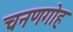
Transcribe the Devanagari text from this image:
चनणगोह